Vaccination report Assam 1896-1927 - 1896-1927
Year: 1896
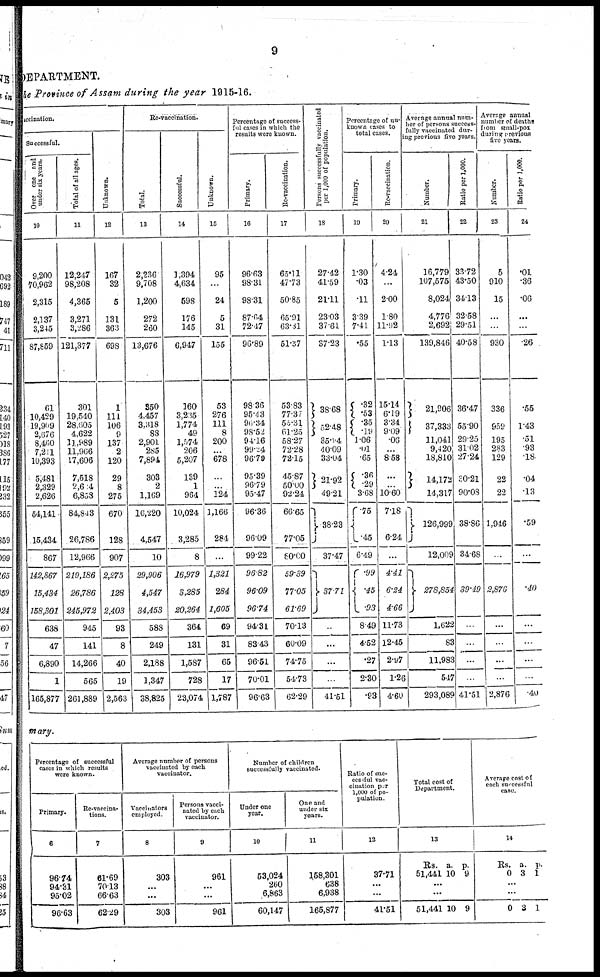
9
DEPARTMENT.
the Province of Assam during the year 1915-16.
vccination.
Successful.
Over one and
under six years.
10
9,200
70,962
2,315
2,137
3,245
87,859
61
10,429
19,909
2,676
8,460
7,211
10,393
5,481
2,329
2,626
54,141
15,434
867
142,867
15,434
158,301
638
47
6,890
1
165,877
Total of all ages.
11
12,247
98,208
4,365
3,271
3,286
121,377
301
19,540
28,605
4,622
13,989
11,966
17,606
7,518
2,64
6,858
84,843
26,786
12,966
219,186
26,786
245,972
945
141
14,266
565
261,889
Unknown.
12
167
32
5
131
363
698
1
111
106
9
137
2
120
29
8
275
670
128
907
2,275
128
2,403
93
8
40
19
2,563
Re-vaccination.
Total.
13
2,236
9,708
1,200
272
260
13,676
350
4,457
3,318
88
2,901
285
7,894
303
2
1,169
16,220
4,547
10
29,906
4,547
34,453
588
249
2,188
1,347
38,825
Successful.
14
1,394
4,634
598
176
145
6,947
160
3,235
1,774
49
l,574
206
5,207
139
1
964
10,024
3,285
8
16,979
3,285
20,264
364
131
1,587
728
23,074
Unknown.
15
95
...
24
5
31
155
53
276
111
8
200
...
678
...
...
124
1,166
284
...
1,321
284
1,605
69
31
65
17
1,787
results were known.
Primary.
16
96.63
98.31
98.31
87.64
72.47
96.89
98.36
95.43
96.34
98.52
94.16
99.24
96.79
95.39
96.79
95.47
96.36
96.09
99.22
96.82
96.09
96.74
94.31
83.43
96.51
70.01
96.63
Re-vaccination.
17
65.11
47.73
50.85
65.91
63.31
51.37
53.83
77.37
55.31
61.25
58.27
72.28
72.15
45.87
50.00
92.24
66.65
77.05
80.00
59.39
77.05
61.69
70.13
60.09
74.75
54.73
62.29
Persons successfully vaccinated
per 1,000 of population.
18
27.42
41.59
21.11
23.03
37.61
37.23
38.68
32.48
35.64
40.09
33.04
21.92
49.21
38.23
37.47
37.71
..
...
...
41.51
Percentage of un-
known cases to
total cases.
Primary.
19
1.30
.03
.11
3.39
7.41
.55
.32
.53
.35
.19
1.06
.01
.65
.36
.29
3.68
75
.45
6.49
.99
.45
.93
8.49
4.52
.27
2.30
.93
Re-vaccination.
20
4.24
...
2.00
1.80
11.92
1.13
15.14
6.19
3.34
9.09
.06
...
8.58
...
...
10.60
7.18
6.24
...
4.41
6.24
4.66
11.73
12.45
2.97
1.26
4.60
Average annual num-
ber of persons success-
fully vaccinated dur-
ing previous five years.
Number.
21
16,779
107,575
8,024
4,776
2,692
139,846
21,906
37,333
11,041
9,420
18,810
14,172
14,317
126,999
12,009
278,854
1,622
83
11,983
547
293,089
Ratio per 1,000.
22
33.72
43.50
34.13
32.58
29.51
40.58
36.47
55.90
29.25
31.02
27.24
30.21
90.03
38.86
34.68
39.49
...
..
...
...
41.51
Average annual
number of deaths
from small-pox
during previous
five years.
Number.
23
5
910
15
...
...
930
336
959
195
283
129
22
22
1,946
...
2,876
...
...
...
...
2,876
Ratio per 1,000.
24
.01
.36
.06
...
...
.26
.55
1.43
.51
.93
18
.04
.13
.59
...
.40
...
...
..
.
40
mary.
Percentage of successful
cases in which results
were known.
Primary.
6
96.74
94.31
95.02
96.63
Re-vaccina-
tions.
7
61.69
70.13
66.63
62.29
Average number of persons
vaccinated by each
vaccinator.
Vaccinators
employed.
8
303
...
...
303
Persons vacci-
nated by each
vaccinator.
9
961
...
...
961
Number of children
successfully vaccinated.
Under one
year.
10
53,024
260
6,863
60,147
One and
under six
years.
11
158,301
638
6,938
165,877
Ratio of suc-
cessful vac-
cination Per
1,000 of po-
pulation.
12
37.71
...
...
41.51
Total cost of
Department.
13
Rs.
51,441
a.
10
p.
9
...
...
51,441 10 9
Average cost of
each successful
case.
14
Rs.
0
a.
3
p.
1
...
...
0 3 1